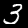
Label: 3